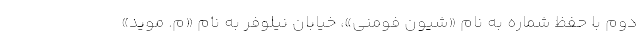
دوم با حفظ شماره به نام «شیون فومنی»، خیابان نیلوفر به نام «م. موید»